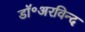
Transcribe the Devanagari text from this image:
डॉ॰अरविन्द